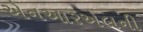
એનઆરએલની